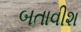
બતાવીશ